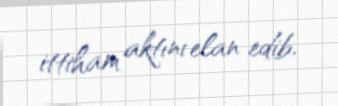
ittiham aktını elan edib.